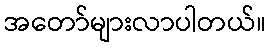
အတော်များလာပါတယ်။